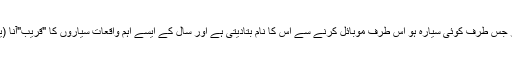
اجرام فلکی کی حرکات اور محل وقوع کے لیے اسٹار ٹریکر نامی ایپ بہت دلچسپ ہے اور جس طرف کوئی سیارہ ہو اس طرف موبائل کرنے سے اس کا نام بتادیتی ہے اور سال کے ایسے اہم واقعات سیاروں کا "قریب"آنا (یا اصل میں دکھائی دینا ) یا میٹرائٹ شاور، گرہن لگنا وغیرہ کی اطلاعات بہم پہنچاتی ہے ۔